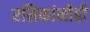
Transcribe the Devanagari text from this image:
रसिकांनीही